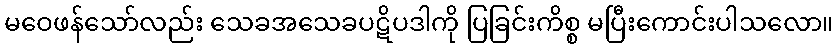
မဝေဖန်သော်လည်း သေခအသေခပဋိပဒါကို ပြခြင်းကိစ္စ မပြီးကောင်းပါသလော။